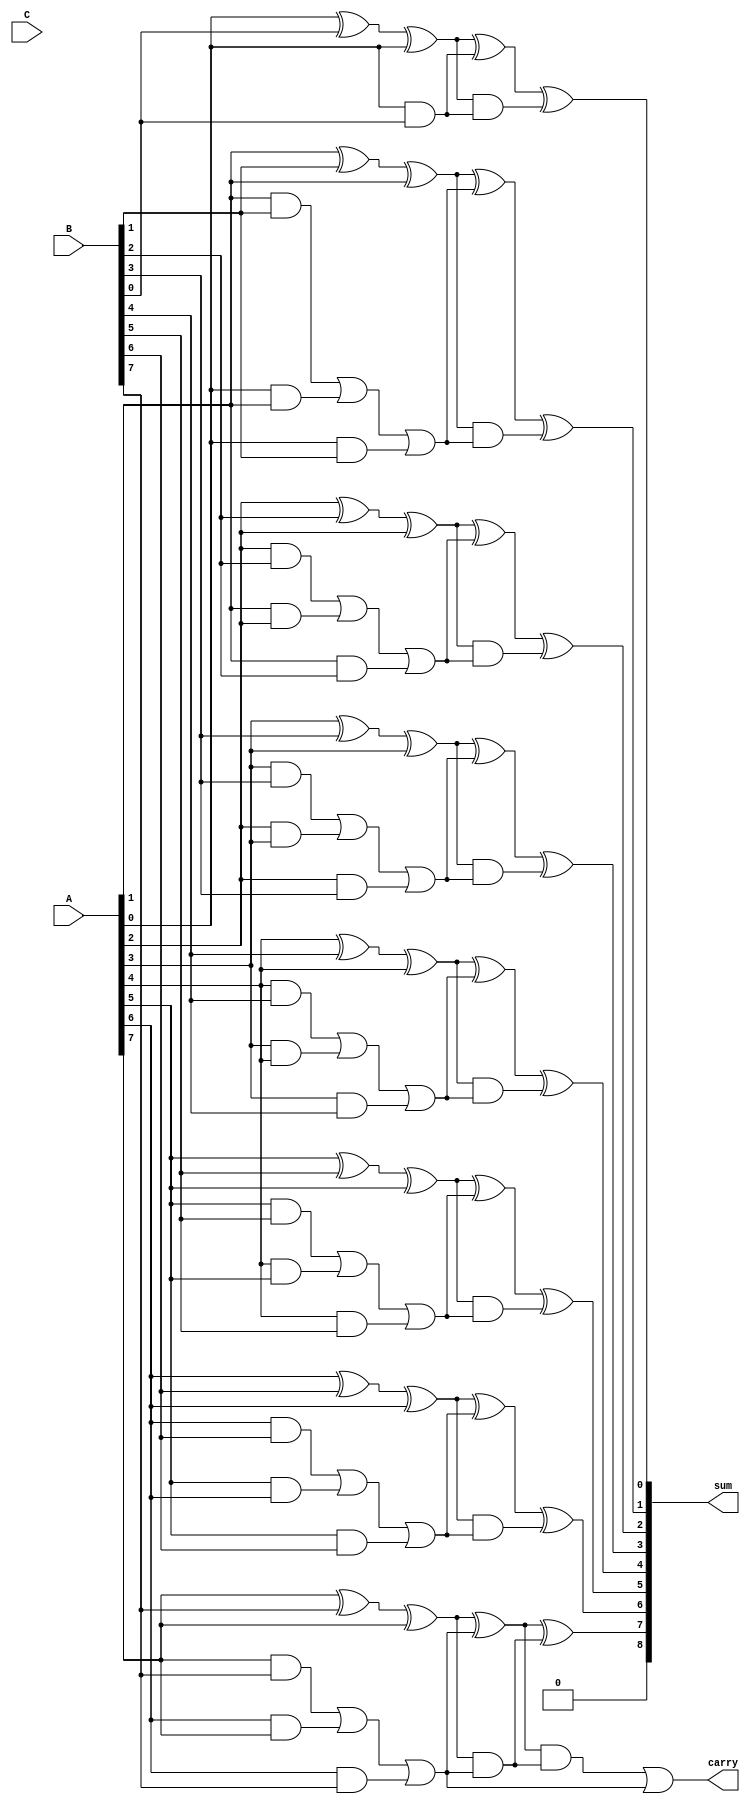
module CarrySaveAdder (
    input [N-1:0] A, // First input
    input [N-1:0] B, // Second input
    input [N-1:0] C, // Third input
    output [N:0] sum, // Final sum output
    output carry // Final carry output
);
    parameter N = 8; // Width in bits

    // Define intermediate sums and carries
    wire [N-1:0] S1, S2, S3;
    wire [N-1:0] C1, C2, C3;

    // Stage 1: Add A, B, and C
    generate
        genvar i;
        for (i = 0; i < N; i = i + 1) begin : stage1
            wire a, b, c;
            assign a = (i == 0) ? 0 : A[i-1]; // Handle carry from previous bit
            assign b = A[i];
            assign c = B[i];
            assign S1[i] = b ^ c ^ A[i]; // S = A XOR B XOR C
            assign C1[i] = (b & c) | (a & b) | (a & c); // C = (B AND C) OR (A AND B) OR (A AND C)
        end
    endgenerate

    // Stage 2: Combine results from stage 1
    generate
        for (i = 0; i < N; i = i + 1) begin : stage2
            assign S2[i] = S1[i] ^ C1[i]; // New partial sum
            assign C2[i] = (S1[i] & C1[i]); // New carry
        end
    endgenerate

    // Stage 3: Generating final sum and carry
    generate
        for (i = 0; i < N; i = i + 1) begin : stage3
            assign S3[i] = S2[i] ^ C2[i]; // Final sum
            assign C3[i] = (S2[i] & C2[i]) | C1[i]; // Final carry
        end
    endgenerate

    // Final carry resolution (can be a ripple carry adder or other structure)
    assign sum = S3;
    assign carry = C3[N-1]; // Take last carry as output

endmodule